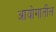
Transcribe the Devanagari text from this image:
आयोगातील